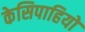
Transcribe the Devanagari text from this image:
केसिपाहियों